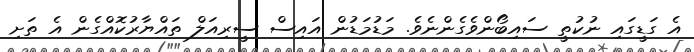
އެ ގަޑީގައި ނުކުތީ ސައިބޯންވެގެންނެވެ. މަޑުމަޑުން އައިސް ސީރިއަލް ތައްޔާރުކޮއްގެން އެ ތަށި